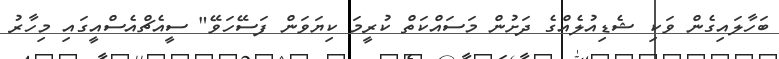
ބަހާލައިގެން ވަކި ޝެޑިއުލެއްގެ ދަށުން މަސައްކަތް ކުރީމަ ކިޔަވަން ފަސޭހަވޭ" ސީއެޗްއެސްއީގައި މިހާރު